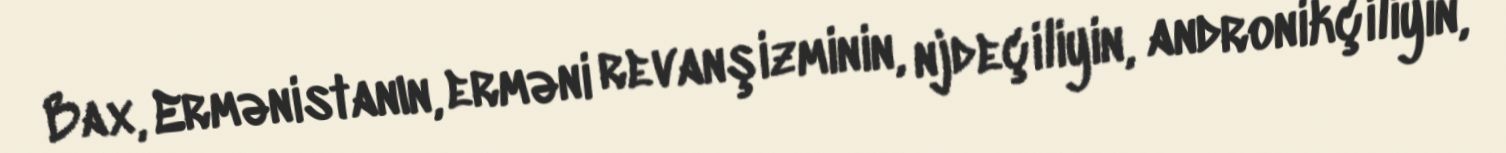
Bax, Ermənistanın, erməni revanşizminin, njdeçiliyin, andronikçiliyin,